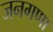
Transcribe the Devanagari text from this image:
जनगणा